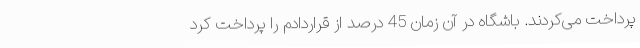
پرداخت می‌کردند. باشگاه در آن زمان 45 درصد از قراردادم را پرداخت کرد